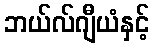
ဘယ်လ်ဂျီယံနှင့်